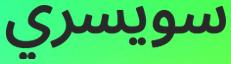
سويسري